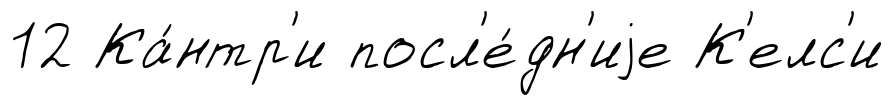
12 Ка́нтр'и посл'е́дн'иjе К'елс'и